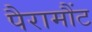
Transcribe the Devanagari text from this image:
पैरामौंट